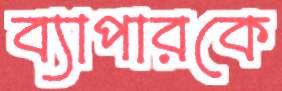
ব্যাপারকে